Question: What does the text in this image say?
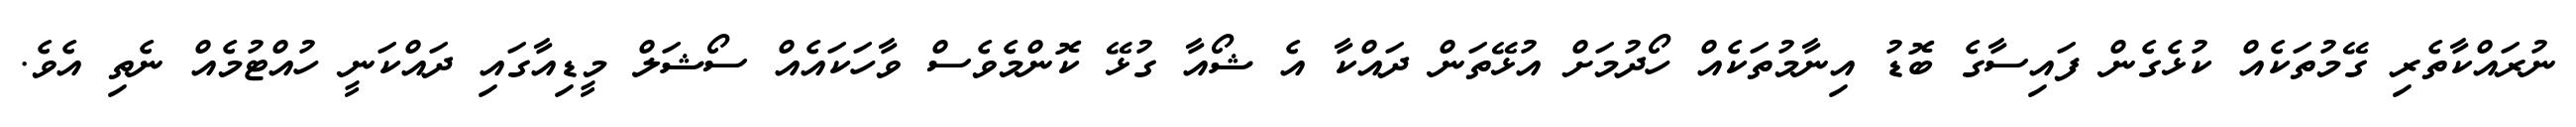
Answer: ނުރައްކާތެރި ގޭމުތަކެއް ކުޅެގެން ފައިސާގެ ބޮޑު އިނާމުތަކެއް ހޯދުމަށް އުޅޭތަން ދައްކާ އެ ޝޯއާ ގުޅޭ ކޮންމެވެސް ވާހަކައެއް ސޯޝަލް މީޑިއާގައި ދައްކަނީ ހުއްޓުމެއް ނެތި އެވެ.